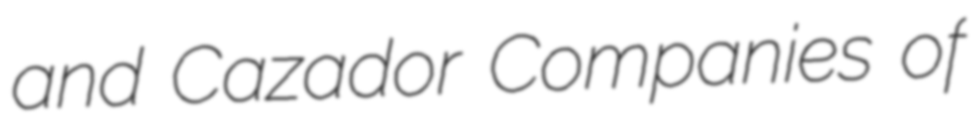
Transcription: and Cazador Companies of